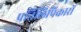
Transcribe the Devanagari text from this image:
प्रतिलिपिकारों